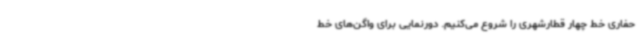
حفاری خط چهار قطارشهری را شروع می‌کنیم. دورنمایی برای واگن‌های خط